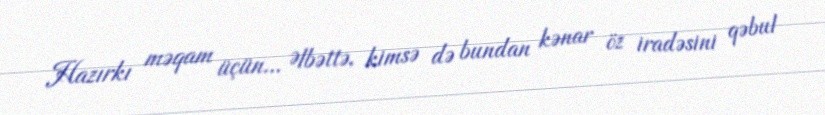
Hazırkı məqam üçün... Əlbəttə, kimsə də bundan kənar öz iradəsini qəbul